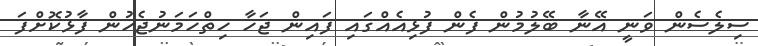
ސިލެސެން ވަނީ އޭނާ ބޭލުމުން ފެން ފުޅިއެއްގައި ފައިން ޖަހާ ހިތްހަމަނުޖެހުން ފާޅުކޮށްފަ